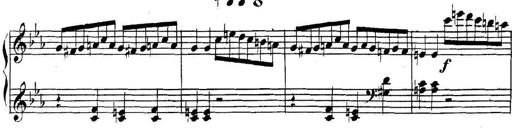
Title: Collected Piano Sonatas
Composer: Muzio Clementi